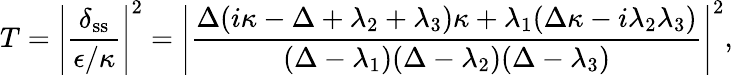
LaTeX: T=\left|\frac{\delta_{\textrm{ss}}}{\epsilon/\kappa}\right|^{2}=\left|\frac{\Delta(i\kappa-\Delta+\lambda_{2}+\lambda_{3})\kappa+\lambda_{1}(\Delta\kappa-i\lambda_{2}\lambda_{3})}{(\Delta-\lambda_{1})(\Delta-\lambda_{2})(\Delta-\lambda_{3})}\right|^{2},